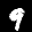
Label: 9